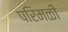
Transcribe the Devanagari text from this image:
परिमळी